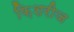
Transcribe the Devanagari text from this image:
फ़िशरीज